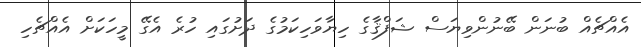
އެއްޗެއް ބުނަން ބޭނުންވިޔަސް ޝަފްޤާގެ ހިޔާވަހިކަމުގެ ދަށުގައި ހުރެ އެގޭ މީހަކަށް އެއްޗެހި